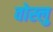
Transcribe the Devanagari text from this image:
वोस्लु